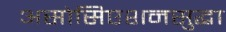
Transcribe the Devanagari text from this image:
असोसिएशनसुद्धा